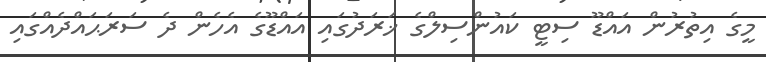
މީގެ އިތުރުން އައްޑޫ ސިޓީ ކައުންސިލްގެ ޚަރަދުގައި އައްޑޫގެ އެހެން ދެ ސަރަޙައްދެއްގައި